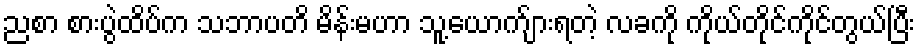
ညစာ စားပွဲထိပ်က သဘာပတိ မိန်းမဟာ သူ့ယောက်ျားရတဲ့ လခကို ကိုယ်တိုင်ကိုင်တွယ်ပြီး